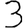
Digit: 3